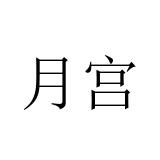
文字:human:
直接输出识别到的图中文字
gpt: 月宫